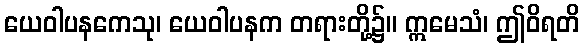
ယေဝါပနကေသု၊ ယေဝါပနက တရားတို့၌။ ဣမေသံ၊ ဤဝိရတိ